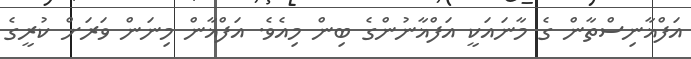
އަފްޣާނިސްތާން ގެ މާނައަކީ އަފްޣާނުންގެ ބިން މިއެވެ. އަފްޣާން މިނަން ވަރަށް ކުރީގެ